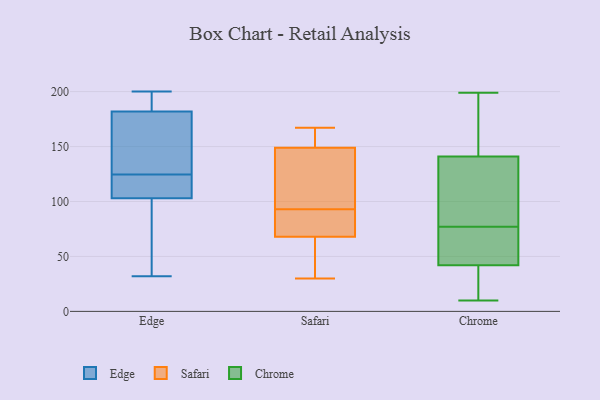
{"axis": {"x": "Operating Costs (USD K)", "y": "Value"}, "legend": ["Chrome", "Edge", "Safari"], "data": [{"x": "", "y": 129, "type": "Edge"}, {"x": "", "y": 183, "type": "Edge"}, {"x": "", "y": 120, "type": "Edge"}, {"x": "", "y": 103, "type": "Edge"}, {"x": "", "y": 103, "type": "Edge"}, {"x": "", "y": 48, "type": "Edge"}, {"x": "", "y": 182, "type": "Edge"}, {"x": "", "y": 129, "type": "Edge"}, {"x": "", "y": 90, "type": "Edge"}, {"x": "", "y": 200, "type": "Edge"}, {"x": "", "y": 32, "type": "Edge"}, {"x": "", "y": 115, "type": "Edge"}, {"x": "", "y": 164, "type": "Edge"}, {"x": "", "y": 190, "type": "Edge"}, {"x": "", "y": 92, "type": "Safari"}, {"x": "", "y": 59, "type": "Safari"}, {"x": "", "y": 73, "type": "Safari"}, {"x": "", "y": 30, "type": "Safari"}, {"x": "", "y": 154, "type": "Safari"}, {"x": "", "y": 94, "type": "Safari"}, {"x": "", "y": 86, "type": "Safari"}, {"x": "", "y": 162, "type": "Safari"}, {"x": "", "y": 63, "type": "Safari"}, {"x": "", "y": 134, "type": "Safari"}, {"x": "", "y": 167, "type": "Safari"}, {"x": "", "y": 144, "type": "Safari"}, {"x": "", "y": 182, "type": "Chrome"}, {"x": "", "y": 59, "type": "Chrome"}, {"x": "", "y": 42, "type": "Chrome"}, {"x": "", "y": 38, "type": "Chrome"}, {"x": "", "y": 28, "type": "Chrome"}, {"x": "", "y": 87, "type": "Chrome"}, {"x": "", "y": 199, "type": "Chrome"}, {"x": "", "y": 55, "type": "Chrome"}, {"x": "", "y": 182, "type": "Chrome"}, {"x": "", "y": 53, "type": "Chrome"}, {"x": "", "y": 197, "type": "Chrome"}, {"x": "", "y": 87, "type": "Chrome"}, {"x": "", "y": 21, "type": "Chrome"}, {"x": "", "y": 75, "type": "Chrome"}, {"x": "", "y": 104, "type": "Chrome"}, {"x": "", "y": 10, "type": "Chrome"}, {"x": "", "y": 79, "type": "Chrome"}, {"x": "", "y": 141, "type": "Chrome"}]}